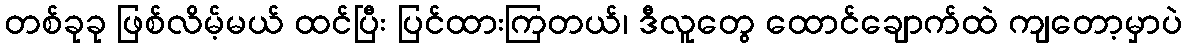
တစ်ခုခု ဖြစ်လိမ့်မယ် ထင်ပြီး ပြင်ထားကြတယ်၊ ဒီလူတွေ ထောင်ချောက်ထဲ ကျတော့မှာပဲ